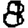
Digit: 8